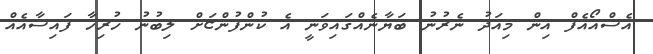
އެސްއޯއެފް އިން މިއަދު ނެރުނު ބަޔާނެއްގައިވަނީ އެ ކުންފުންޏަށް ލިބުނު ހުރިހާ ފައިސާއެއް